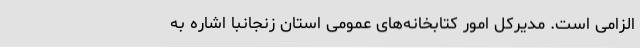
الزامی است. مدیرکل امور کتابخانه‌های عمومی استان زنجانبا اشاره به